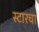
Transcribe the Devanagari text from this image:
स्टारचा